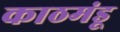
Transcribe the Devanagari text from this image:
काठमंडू